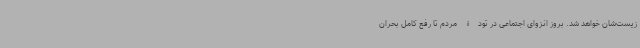
زیست‌شان خواهد شد. بروز انزوای اجتماعی در تودۀ مردم تا رفع کامل بحران